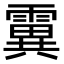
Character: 霬